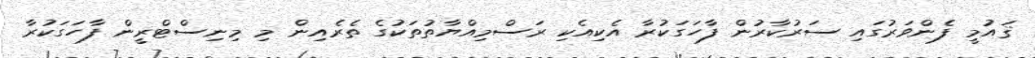
ޤައުމީ ފެންވަރުގައި ސަރުކާރުން ފާހަގަކުރާ އެކިއެކި ރަސްމިއްޔާތުތަކުގެ ތެރެއިން މި މިނިސްޓްރީން ފާހަގަކުރާ